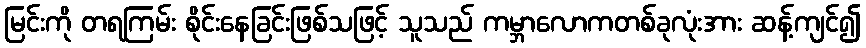
မြင်းကို တရကြမ်း စိုင်းနေခြင်းဖြစ်သဖြင့် သူသည် ကမ္ဘာလောကတစ်ခုလုံးအား ဆန့်ကျင်၍